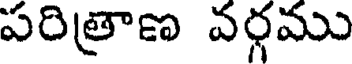
పరిత్రాణ వర్గము